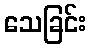
သေခြင်း